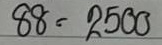
88 = 2500